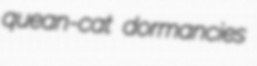
quean-cat dormancies